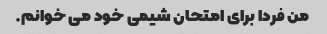
من فردا برای امتحان شیمی خود می خوانم.